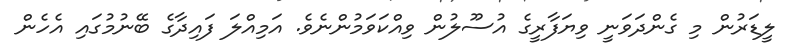
ލީޑަރުން މި ގެންދަވަނީ ވިޔަފާރީގެ އުސޫލުން ވިއްކަވަމުންނެވެ. އަމިއްލަ ފައިދާގެ ބޭނުމުގައި އެހެން